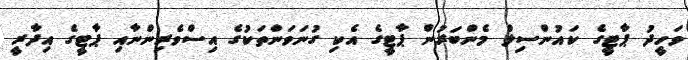
ވަހީދު ޕާޓީގެ ކައުންސިލް މެންބަރުން ޕާޓީގެ އެކި ގުނަވަންތަކުގެ އިސްވެރިންނާއި ޕާޓީގެ އިދާރީ